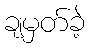
ချမှတ်ခဲ့